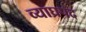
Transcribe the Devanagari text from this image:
व्याघ्रपद